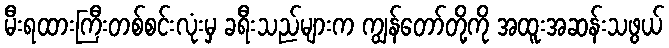
မီးရထားကြီးတစ်စင်းလုံးမှ ခရီးသည်များက ကျွန်တော်တို့ကို အထူးအဆန်းသဖွယ်